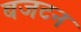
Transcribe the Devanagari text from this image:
बजटन